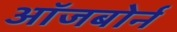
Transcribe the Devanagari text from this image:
ऑजबोर्न